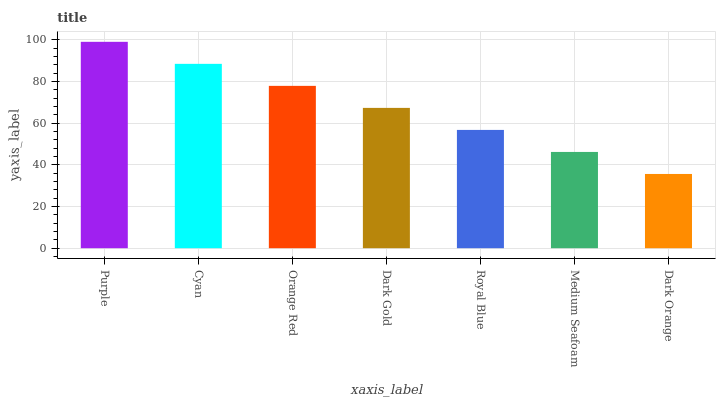
| xaxis_label | bars |
 | --- | --- |
 | Purple | 99 |
 | Cyan | 88.4 |
 | Orange Red | 77.9 |
 | Dark Gold | 67.3 |
 | Royal Blue | 56.7 |
 | Medium Seafoam | 46.2 |
 | Dark Orange | 35.6 |